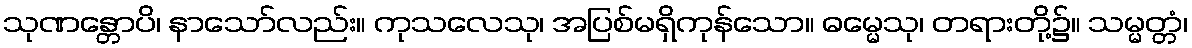
သုဏန္တောပိ၊ နာသော်လည်း။ ကုသလေသု၊ အပြစ်မရှိကုန်သော။ ဓမ္မေသု၊ တရားတို့၌။ သမ္မတ္တံ၊